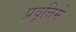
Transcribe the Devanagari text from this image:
प्रवृत्तिमें